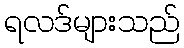
ရလဒ်များသည်